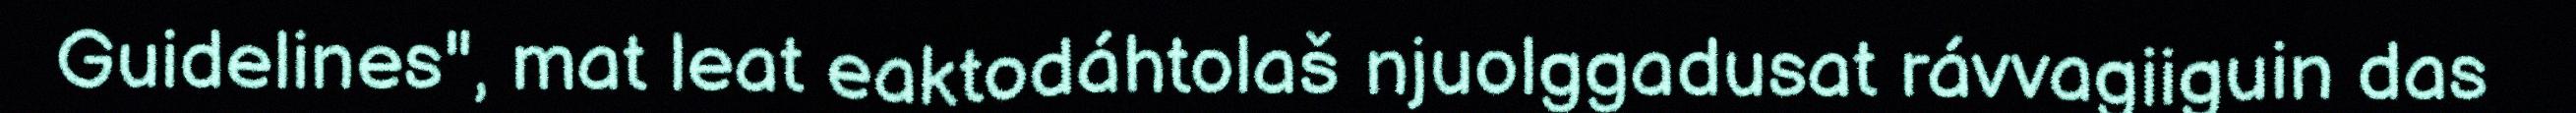
Guidelines", mat leat eaktodáhtolaš njuolggadusat rávvagiiguin das